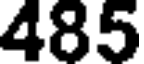
485